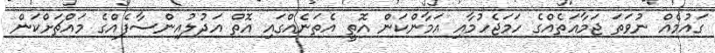
ގައުމެއް ނުވަތަ ޖަމާއަތެއްގެ ހަމަޖެހުމާއި އަމާންކަން އޮތީ އެތަނެއްގައި އޮތް އަދުލުއިންސާފެއްގެ މައްޗަށްކަން